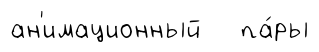
ан'имационный па́ры